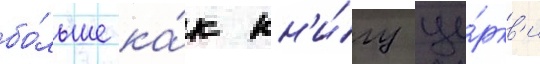
бо́льше ка́к кн'и́гу це́ркв'и